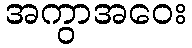
အကွာအဝေး